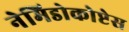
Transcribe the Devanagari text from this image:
नेमिडोकोप्टेस